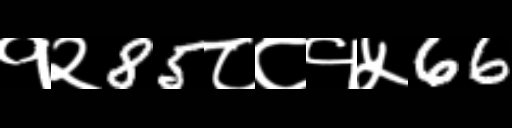
Text: १२85८८१५66